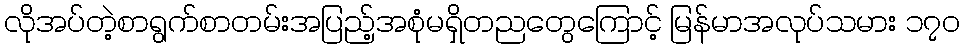
လိုအပ်တဲ့စာရွက်စာတမ်းအပြည့်အစုံမရှိတညတွေကြောင့် မြန်မာအလုပ်သမား ၁၇၀